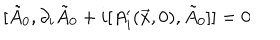
LaTeX: [ \tilde { A } _ { 0 } , \partial _ { i } \tilde { A } _ { 0 } + i [ A _ { i } ^ { \prime } ( \vec { x } , 0 ) , \tilde { A } _ { 0 } ] ] = 0